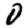
Digit: 0